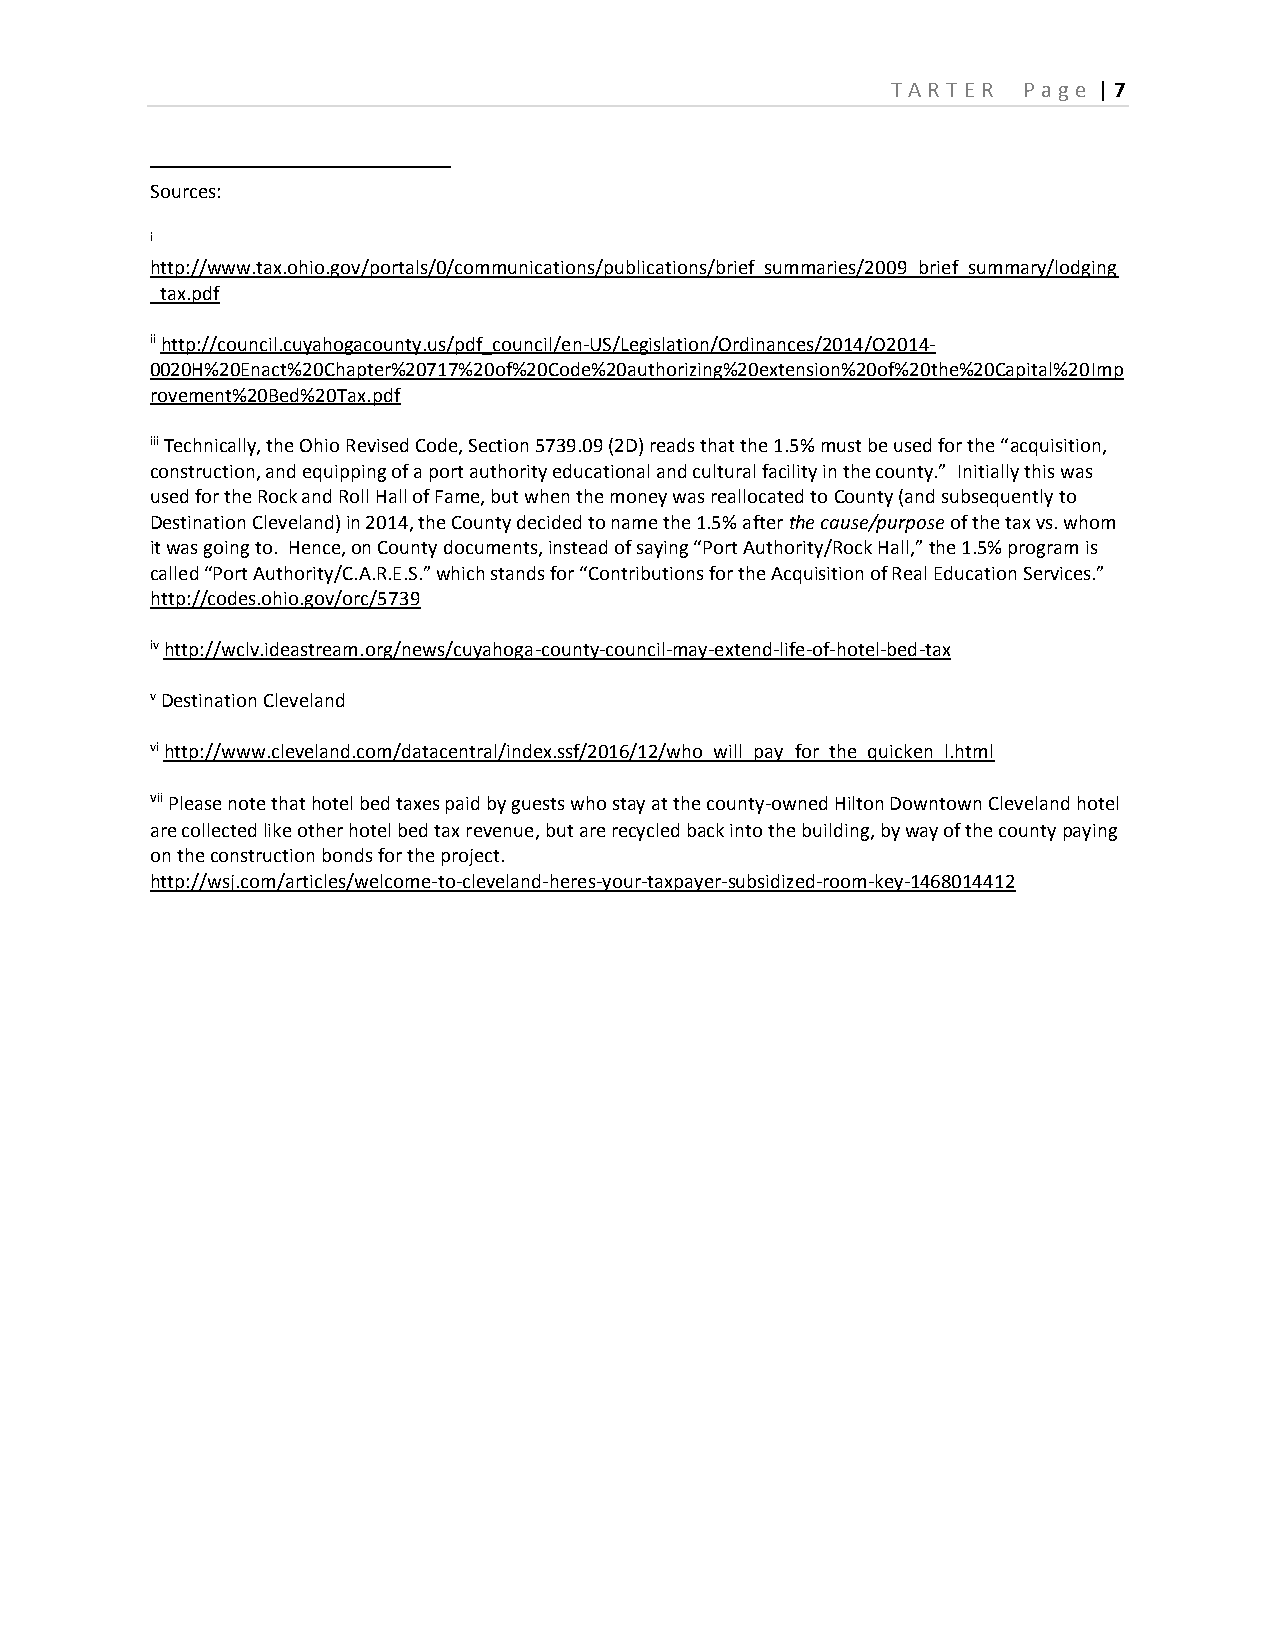
T ART ER P age | 7
 Sources:
 i
 http://www.tax.ohio.gov/portals/0/communications/publications/brief_summaries/2009_brief_summary/lodging
 _tax.pdf
 ii http://council.cuyahogacounty.us/pdf_council/en-US/Legislation/Ordinances/2014/O2014-
 0020H%20Enact%20Chapter%20717%20of%20Code%20authorizing%20extension%20of%20the%20Capital%20Imp
 rovement%20Bed%20Tax.pdf
 iii Technically, the Ohio Revised Code, Section 5739.09 (2D) reads that the 1.5% must be used for the “acquisition,
 construction, and equipping of a port authority educational and cultural facility in the county.” Initially this was
 used for the Rock and Roll Hall of Fame, but when the money was reallocated to County (and subsequently to
 Destination Cleveland) in 2014, the County decided to name the 1.5% after the cause/purpose of the tax vs. whom
 it was going to. Hence, on County documents, instead of saying “Port Authority/Rock Hall,” the 1.5% program is
 called “Port Authority/C.A.R.E.S.” which stands for “Contributions for the Acquisition of Real Education Services.”
 http://codes.ohio.gov/orc/5739
 iv http://wclv.ideastream.org/news/cuyahoga-county-council-may-extend-life-of-hotel-bed-tax
 v Destination Cleveland
 vi http://www.cleveland.com/datacentral/index.ssf/2016/12/who_will_pay_for_the_quicken_l.html
 vii Please note that hotel bed taxes paid by guests who stay at the county-owned Hilton Downtown Cleveland hotel
 are collected like other hotel bed tax revenue, but are recycled back into the building, by way of the county paying
 on the construction bonds for the project.
 http://wsj.com/articles/welcome-to-cleveland-heres-your-taxpayer-subsidized-room-key-1468014412